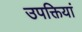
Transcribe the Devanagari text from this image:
उपक्तियां